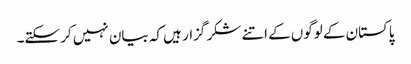
پاکستان کے لوگوں کے اتنے شکر گزار ہیں کہ بیان نہیں کر سکتے۔